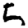
Digit: 5